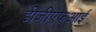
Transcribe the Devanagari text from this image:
डीजीएफआई